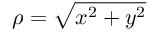
\rho = { \sqrt { x ^ { 2 } + y ^ { 2 } } }